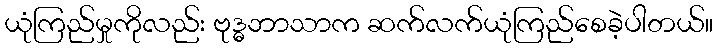
ယုံကြည်မှုကိုလည်း ဗုဒ္ဓဘာသာက ဆက်လက်ယုံကြည်စေခဲ့ပါတယ်။